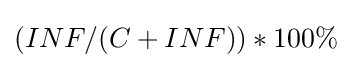
(INF/(C+INF))*100\%